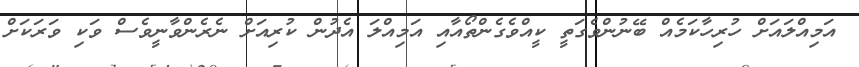
އަމިއްލައަށް ހުރިހާކަމެއް ބޭނުންވެގަތީ ކީއްވެގެންތޯއާއި އަމިއްލަ އެދުން ކުރިއަށް ނެރެންވާނީވެސް ވަކި ވަރަކަށް